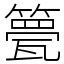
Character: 䉚